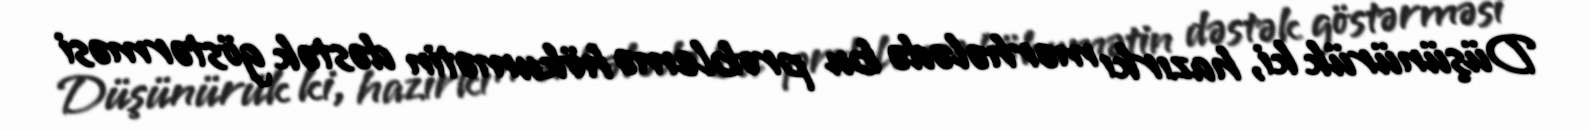
Düşünürük ki, hazırkı mərhələdə bu problemə hökumətin dəstək göstərməsi